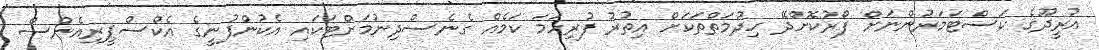
އުރީދޫގެ ކަސްޓަމަރުންނަށް ފޯރުކޮށްދޭ ހިދުމަތްތަކަށް އިތުރު ފުރިހަމަ ކަމެއް ގެނެސްދިނުމަށްޓަކައި އެކުންފުނީގެ އެކްސްޕީރިއެންސް